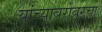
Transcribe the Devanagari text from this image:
यांच्याबरोबरचा